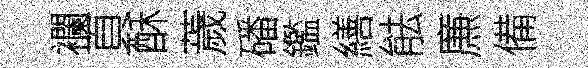
襴頁酥薉磻鑑繕䏻㢘備